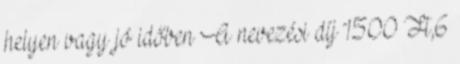
helyen vagy jó időben A nevezési díj 1500 Ft,6